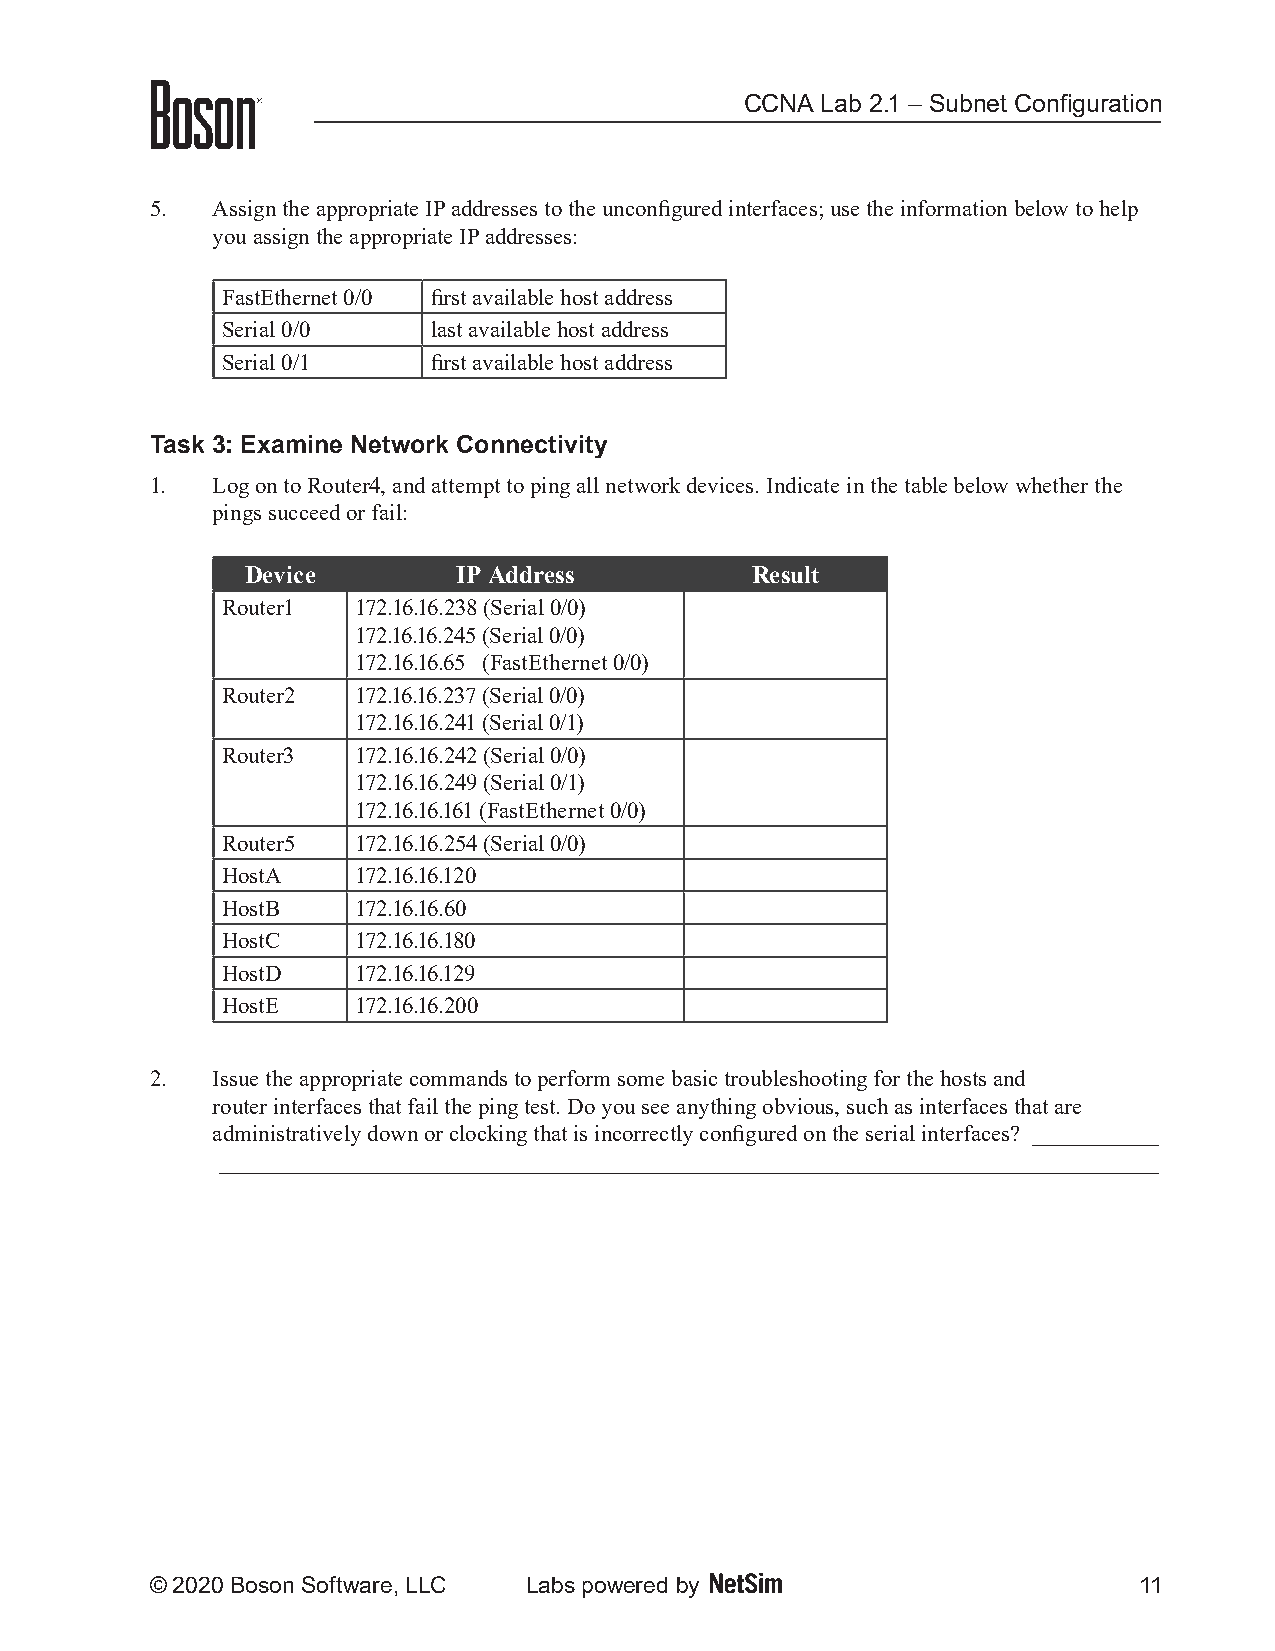
CCNA Lab 2.1 – Subnet Configuration
 5.  Assign the appropriate IP addresses to the unconfigured interfaces; use the information below to help
 you assign the appropriate IP addresses:
 FastEthernet 0/0 first available host address
 Serial 0/0    last available host address
 Serial 0/1    first available host address
 Task 3: Examine Network Connectivity
 1.  Log on to Router4, and attempt to ping all network devices. Indicate in the table below whether the
 pings succeed or fail:
 Device        IP Address          Result
 Router1  172.16.16.238 (Serial 0/0)
 172.16.16.245 (Serial 0/0)
 172.16.16.65 (FastEthernet 0/0)
 Router2  172.16.16.237 (Serial 0/0)
 172.16.16.241 (Serial 0/1)
 Router3  172.16.16.242 (Serial 0/0)
 172.16.16.249 (Serial 0/1)
 172.16.16.161 (FastEthernet 0/0)
 Router5  172.16.16.254 (Serial 0/0)
 HostA    172.16.16.120
 HostB    172.16.16.60
 HostC    172.16.16.180
 HostD    172.16.16.129
 HostE    172.16.16.200
 2.  Issue the appropriate commands to perform some basic troubleshooting for the hosts and
 router interfaces that fail the ping test. Do you see anything obvious, such as interfaces that are
 administratively down or clocking that is incorrectly configured on the serial interfaces? ___________
 __________________________________________________________________________________
 © 2020 Boson Software, LLC Labs powered by                       11